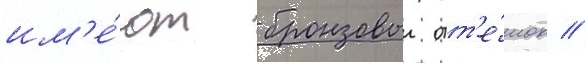
им'е́ют бронзовыи отт'е́нок //